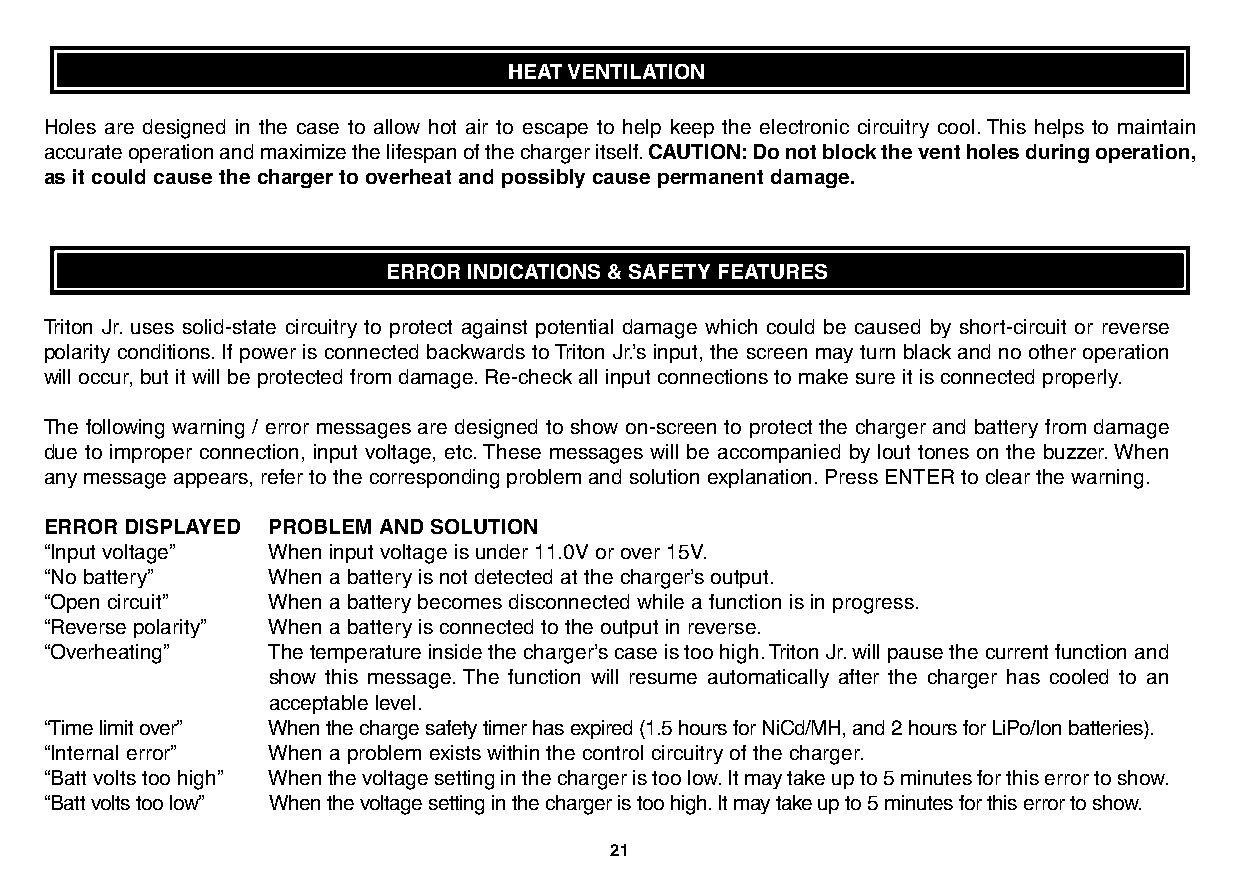
HEAT VENTILATION
 Holes are designed in the case to allow hot air to escape to help keep the electronic circuitry cool.This helps to maintain
 accurate operation and maximize the lifespan of the charger itself.CAUTION:Do not block the vent holes during operation,
 as it could cause the charger to overheat and possibly cause permanent damage.
 ERROR INDICATIONS AND SAFETY FEATURES
 ERROR INDICATIONS & SAFETY FEATURES
 Triton Jr. uses solid-state circuitry to protect against potential damage which could be caused by short-circuit or reverse
 polarity conditions.If power is connected backwards to Triton Jr.’s input, the screen may turn black and no other operation
 will occur, but it will be protected from damage.Re-check all input connections to make sure it is connected properly.
 The following warning / error messages are designed to show on-screen to protect the charger and battery from damage
 due to improper connection, input voltage, etc.These messages will be accompanied by lout tones on the buzzer.When
 any message appears, refer to the corresponding problem and solution explanation.Press ENTER to clear the warning.
 ERROR DISPLAYED PROBLEM AND SOLUTION
 “Input voltage” When input voltage is under 11.0V or over 15V.
 “No battery”   When a battery is not detected at the charger’s output.
 “Open circuit” When a battery becomes disconnected while a function is in progress.
 “Reverse polarity” When a battery is connected to the output in reverse.
 “Overheating”  The temperature inside the charger’s case is too high.Triton Jr.will pause the current function and
 show this message. The function will resume automatically after the charger has cooled to an
 acceptable level.
 “Time limit over” When the charge safety timer has expired (1.5 hours for NiCd/MH, and 2 hours for LiPo/Ion batteries).
 “Internal error” When a problem exists within the control circuitry of the charger.
 “Batt volts too high” When the voltage setting in the charger is too low.It may take up to 5 minutes for this error to show.
 “Batt volts too low” When the voltage setting in the charger is too high.It may take up to 5 minutes for this error to show.
 21